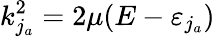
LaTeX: k_{j_{a}}^{2}=2\mu(E-\varepsilon_{j_{a}})